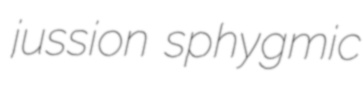
jussion sphygmic